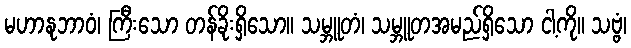
မဟာနုဘာဝံ၊ ကြီးသော တန်ခိုးရှိသော။ သမ္ဘူတံ၊ သမ္ဘူတအမည်ရှိသော ငါ့ကို။ သဗ္ဗံ၊